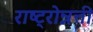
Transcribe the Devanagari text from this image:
राष्ट्रोन्नत्ती